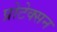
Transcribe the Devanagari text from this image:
प्रोटेक्सन